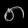
Digit: ၈